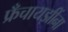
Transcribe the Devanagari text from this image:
फ्रँचायझींना